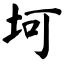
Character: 坷